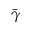
\bar { \gamma }